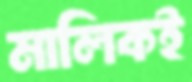
মালিকই